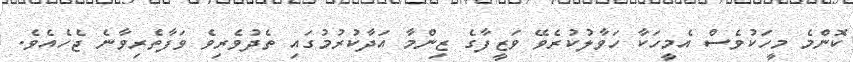
ކޮންމެ މީހަކުވެސް އެމީހަކާ ހަވާލުކުރެވޭ ވަޒީފާގެ ޒިންމާ އަދާކުރުމުގައި ތެދުވެރިވެ ވަފާތެރިވާނެ ޖެހެއެވެ.